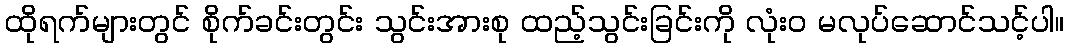
ထိုရက်များတွင် စိုက်ခင်းတွင်း သွင်းအားစု ထည့်သွင်းခြင်းကို လုံးဝ မလုပ်ဆောင်သင့်ပါ။